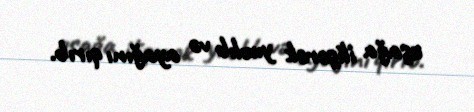
uşağa ilişərək yıxılıb və ayağını qırıb.